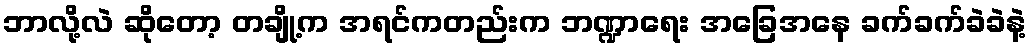
ဘာလို့လဲ ဆိုတော့ တချို့က အရင်ကတည်းက ဘဏ္ဍာရေး အခြေအနေ ခက်ခက်ခဲခဲနဲ့